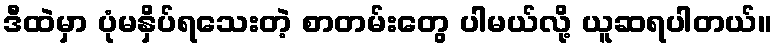
ဒီထဲမှာ ပုံမနှိပ်ရသေးတဲ့ စာတမ်းတွေ ပါမယ်လို့ ယူဆရပါတယ်။